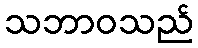
သဘာဝသည်